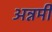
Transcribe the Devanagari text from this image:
अन्नमी